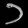
Digit: ၁